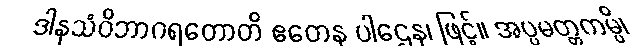
ဒါနသံဝိဘာဂရတောတိ ဧတေန ပါဌေန၊ ဖြင့်။ အပ္ပမတ္တကမ္ပိ၊